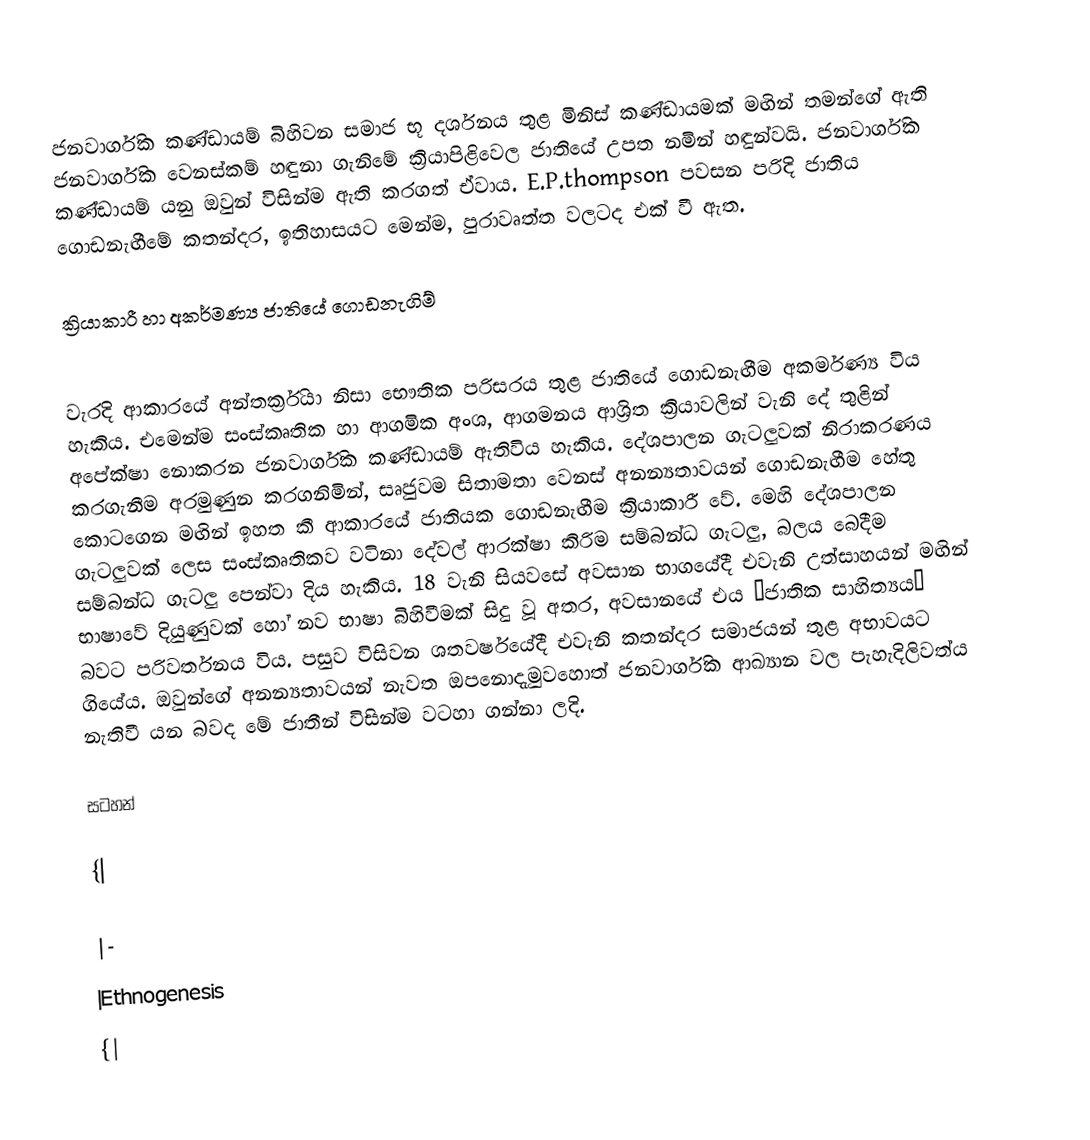
ජනවාර්ගික කණ්ඩායම් බිහිවන සමාජ භූ දර්ශනය තුළ මිනිස් කණ්ඩායමක් මඟින් තමන්ගේ ඇති ජනවාර්ගික වෙනස්කම් හඳුනා ගැනිමේ ක්‍රියාපිළිවෙල ජාතියේ උපත නමින් හඳුන්වයි. ජනවාර්ගික කණ්ඩායම් යනු ඔවුන් විසින්ම ඇති කරගත් ඒවාය. E.P.thompson පවසන පරිදි ජාතිය ගොඩනැඟීමේ කතන්දර, ඉතිහාසයට මෙන්ම, පුරාවෘත්ත වලටද එක් වී ඇත.

ක්‍රියාකාරී හා අකර්මණ්‍ය ජාතියේ ගොඩනැගිම්

වැරදි ආකාරයේ අන්තර්ක්‍රියා නිසා භෞතික පරිසරය තුළ ජාතියේ ගොඩනැඟීම අකර්මණ්‍ය විය හැකිය. එමෙන්ම සංස්කෘතික හා ආගමික අංශ, ආගමනය ආශ්‍රිත ක්‍රියාවලින් වැනි දේ තුළින් අපේක්ෂා නොකරන ජනවාර්ගික කණ්ඩායම් ඇතිවිය හැකිය. දේශපාලන ගැටලුවක් නිරාකරණය කරගැනීම අරමුණුන කරගනිමින්, සෘජුවම සිතාමතා වෙනස් අනන්‍යතාවයන් ගොඩනැඟීම හේතු කොටගෙන මඟින් ඉහත කී ආකාරයේ ජාතියක ගොඩනැඟීම ක්‍රියාකාරී වේ. මෙහි දේශපාලන ගැටලුවක්  ලෙස සංස්කෘතිකව වටිනා දේවල් ආරක්ෂා කිරිම සම්බන්ධ ගැටලු, බලය බෙදීම සම්බන්ධ ගැටලු පෙන්වා දිය හැකිය. 18 වැනි සියවසේ අවසාන භාගයේදී එවැනි උත්සාහයන් මඟින් භාෂාවේ දියුණුවක් හෝ නව භාෂා බිහිවීමක් සිදු වූ අතර, අවසානයේ එය “ජාතික සාහිත්‍යය” බවට පරිවර්තනය විය. පසුව විසිවන ශතවර්ෂයේදී එවැනි කතන්දර සමාජයන් තුළ අභාවයට ගියේය. ඔවුන්ගේ අනන්‍යතාවයන් නැවත ඔපනොදැමුවහොත් ජනවාර්ගික ආඛ්‍යාන වල පැහැදිලිවත්ය නැතිවී යන බවද මේ ජාතීන් විසින්ම වටහා ගන්නා ලදි.

සටහන්

{|

|-
|Ethnogenesis
{|